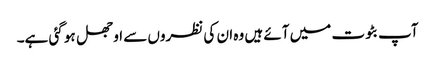
آپ بٹوت میں آئے ہیں وہ ان کی نظروں سے اوجھل ہو گئی ہے۔